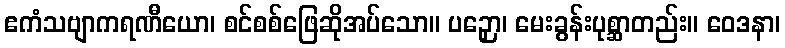
ဧကံသဗျာကရဏီယော၊ စင်စစ်ဖြေဆိုအပ်သော။ ပဉှော၊ မေးခွန်းပုစ္ဆာတည်း။ ဝေဒနာ၊